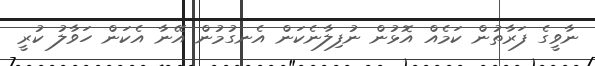
ނާވީގެ ފަރާތުން ކަމެއް އޮޅުން ނުފިލާނެކަން އެނގުމުން އޭނާ އެކަން ހަވާލު ކުރީ